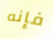
فإنه